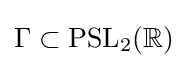
\Gamma \subset \mathrm {PSL} _{2}(\mathbb {R} )